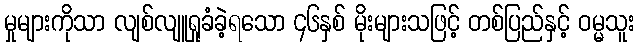
မှုများကိုသာ လျစ်လျူရှုခံခဲ့ရသော ၄၆နှစ် မိုးများသဖြင့် တစ်ပြည်နှင့် ဝမ္မသူး